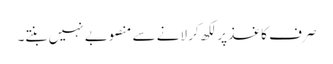
صرف کاغذ پر لکھ کر لانے سے منصوبے نہیں بنتے۔